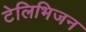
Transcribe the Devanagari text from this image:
टेलिभिजन